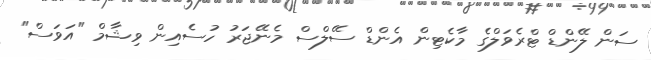
ސަން ލޭންޑް ޓްރެވަލްގެ މާކެޓިން އެންޑް ސޭލްސް މެނޭޖަރު ހުސެއިން ވިޝާމް "އަވަސް"